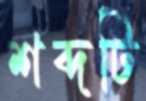
শব্দটি